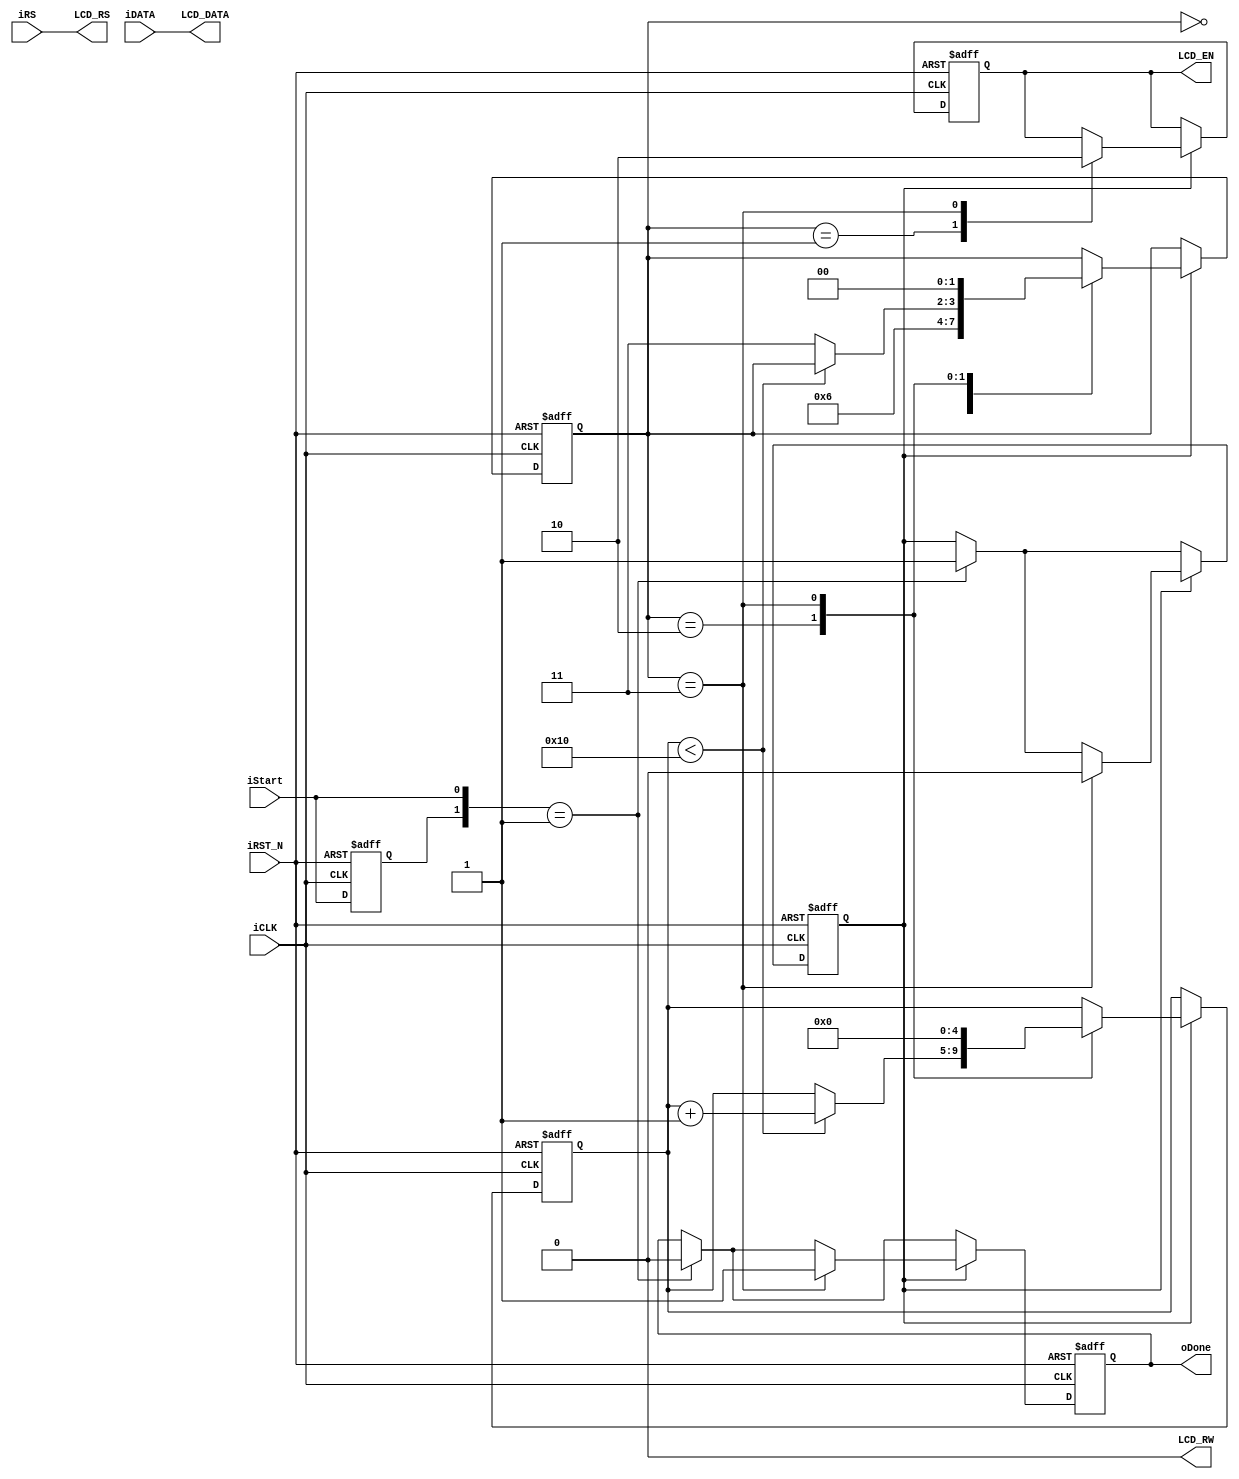
module Output_LiquidCrystalDisplay_Controller (	//	Host Side
						iDATA,iRS,
						iStart,oDone,
						iCLK,iRST_N,
						//	LCD Interface
						LCD_DATA,
						LCD_RW,
						LCD_EN,
						LCD_RS	);
//	CLK
parameter	CLK_Divide	=	16;

//	Host Side
input	[7:0]	iDATA;
input	iRS,iStart;
input	iCLK,iRST_N;
output	reg		oDone;
//	LCD Interface
output	[7:0]	LCD_DATA;
output	reg		LCD_EN;
output			LCD_RW;
output			LCD_RS;
//	Internal Register
reg		[4:0]	Cont;
reg		[1:0]	ST;
reg		preStart,mStart;

/////////////////////////////////////////////
//	Only write to LCD, bypass iRS to LCD_RS
assign	LCD_DATA	=	iDATA; 
assign	LCD_RW		=	1'b0;
assign	LCD_RS		=	iRS;
/////////////////////////////////////////////

always@(posedge iCLK or negedge iRST_N)
begin
	if(!iRST_N)
	begin
		oDone	<=	1'b0;
		LCD_EN	<=	1'b0;
		preStart<=	1'b0;
		mStart	<=	1'b0;
		Cont	<=	0;
		ST		<=	0;
	end
	else
	begin
		//////	Input Start Detect ///////
		preStart<=	iStart;
		if({preStart,iStart}==2'b01)
		begin
			mStart	<=	1'b1;
			oDone	<=	1'b0;
		end
		//////////////////////////////////
		if(mStart)
		begin
			case(ST)
			0:	ST	<=	1;	//	Wait Setup
			1:	begin
					LCD_EN	<=	1'b1;
					ST		<=	2;
				end
			2:	begin					
					if(Cont<CLK_Divide)
					Cont	<=	Cont+1;
					else
					ST		<=	3;
				end
			3:	begin
					LCD_EN	<=	1'b0;
					mStart	<=	1'b0;
					oDone	<=	1'b1;
					Cont	<=	0;
					ST		<=	0;
				end
			endcase
		end
	end
end

endmodule